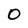
Character: O